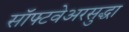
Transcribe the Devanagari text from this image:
सॉफ्टवेअरसुद्धा